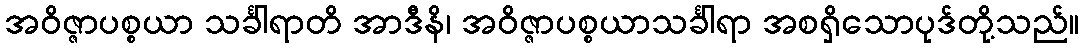
အဝိဇ္ဇာပစ္စယာ သင်္ခါရာတိ အာဒီနိ၊ အဝိဇ္ဇာပစ္စယာသင်္ခါရာ အစရှိသောပုဒ်တို့သည်။